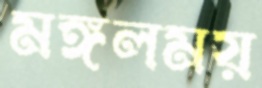
মঙ্গলময়